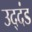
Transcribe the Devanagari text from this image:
उद्‌दंड